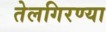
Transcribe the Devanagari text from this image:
तेलगिरण्या